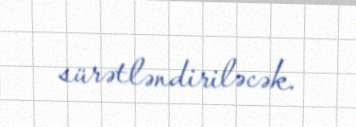
sürətləndiriləcək.